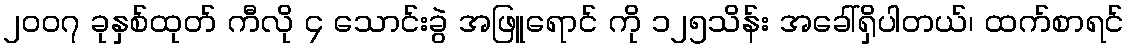
၂၀ဝ၇ ခုနှစ်ထုတ် ကီလို ၄ သောင်းခွဲ အဖြူရောင် ကို ၁၂၅သိန်း အခေါ်ရှိပါတယ်၊ ထက်စာရင်